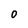
Character: 0